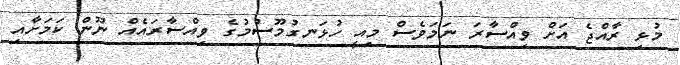
މުޅި ރާއްޖެ އަށް ވިއްސާރަ ނަމަވެސް މިއީ ހުޅަނގުމޫސުމުގެ ވިއްސާރައެއް ނޫން ކަމަށާއި